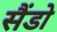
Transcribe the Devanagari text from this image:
सैंडो